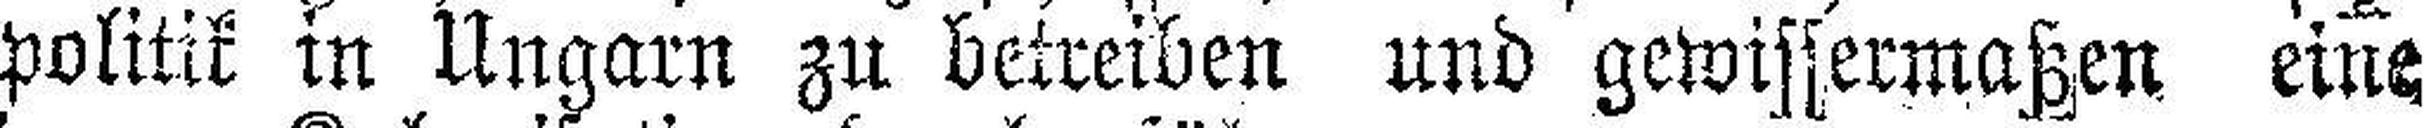
politik in Ungarn zu betreiben und gewissermaßen eine